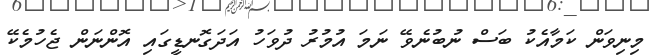
މިނިވަން ކަމާއެކު ބަސް ނުބުނެވޭ ނަމަ އުމުރު ދުވަހު އަދަގޮނޑީގައި އޮންނަން ޖެހުމެކޭ